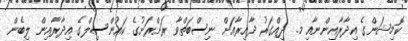
ކޮމިޝަންގެ އިދާރާއިންނާއި މ. ދިއްގަރު ދާއިރާއަށް ނިސްބަތްވާ ރަށްރަށުގެ ކައުންސިލްގެ އިދާރާއިން ލިބެން